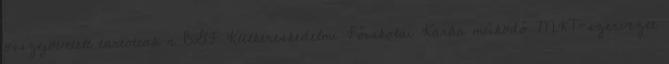
összejövetelt tartottak a BGF Külkereskedelmi Főiskolai Karán működő MKT-szervezet